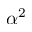
\alpha ^ { 2 }